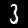
Label: 3